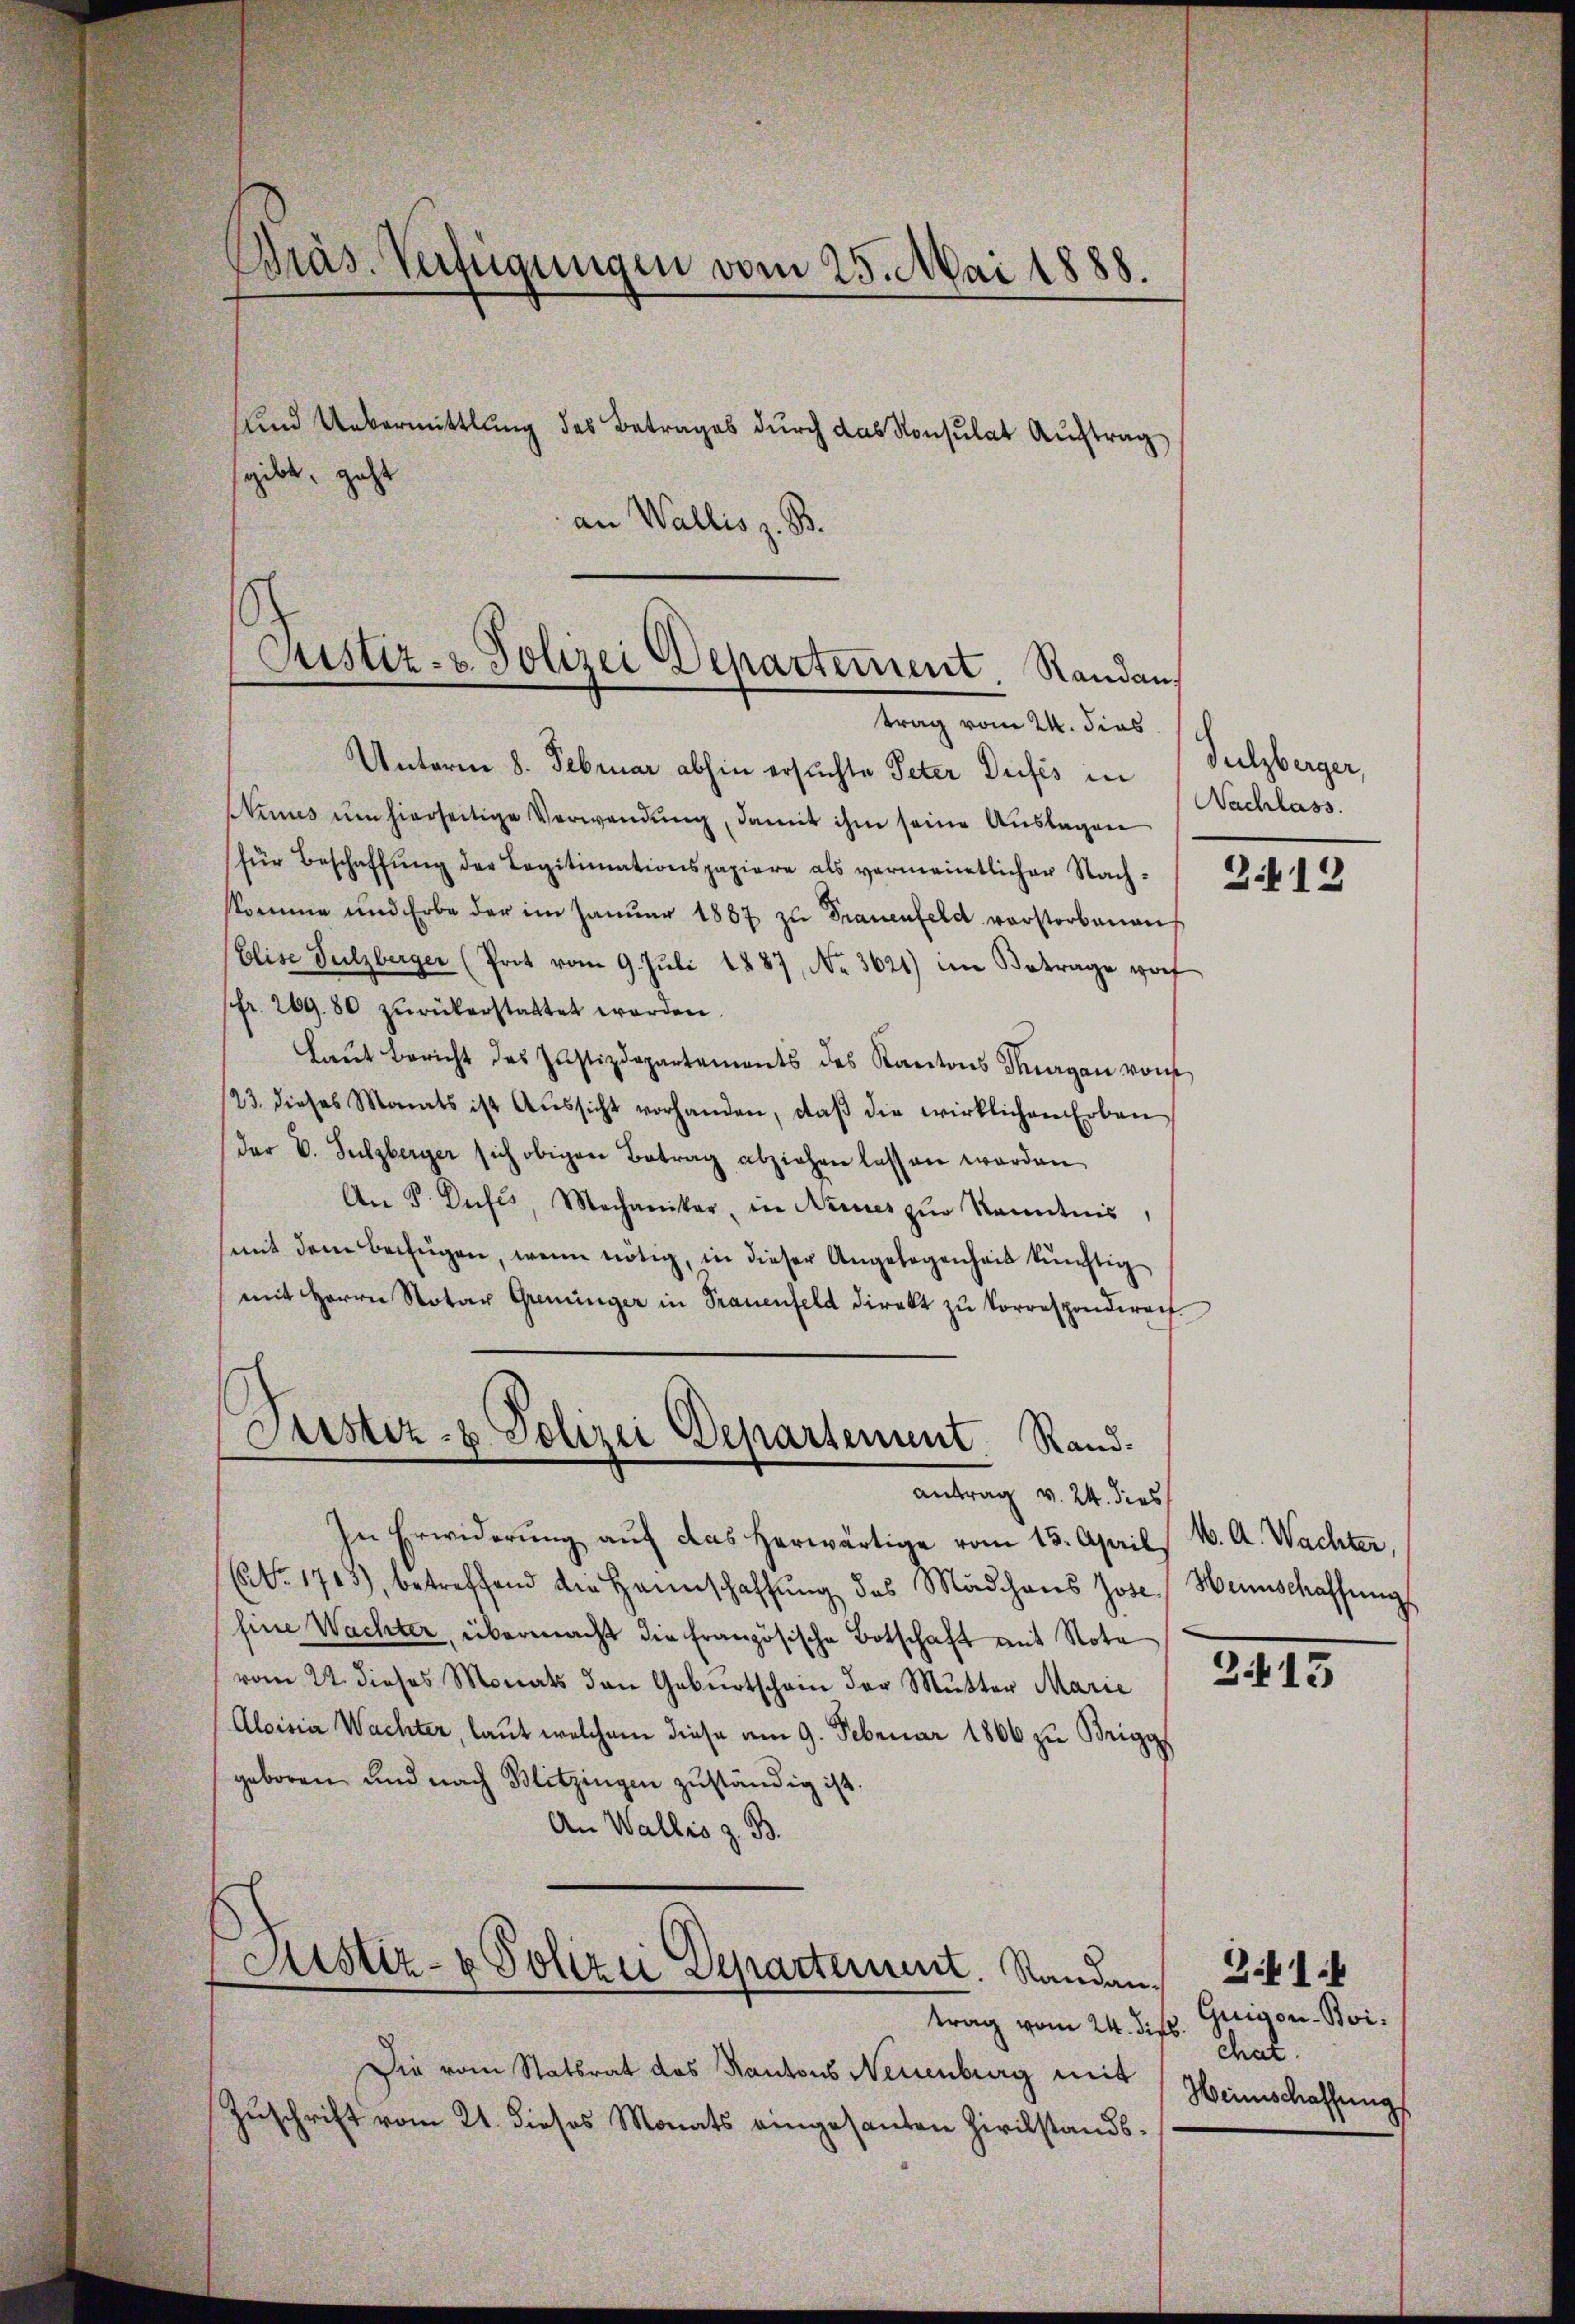
Bräs. Verfügungen vom 25. Mai 1888.
nd Uebermittlung des Betrages durch das Konsulat Auftrag
sgibt, geht
an Wallis z. B.

trag vom 24. dies
Unterm 8. Februar abhin ersuchte Peter Dufes in
Nimes um hierseitige Verwendŭng, damit ihm seine Auslagen
für Beschaffŭng der Legitimationspapiere als vermeintlicher Nach-
skomme und Erbe der im Janŭar 1887 zŭ Frauenfeld verstorbenen
Elise Sulzberger (Prot vom 9. Juli 1887, No. 3621) im Betrage vorf
(fr. 269. 80 zŭrükerstattet worden.
Laut bericht des Justizdepartements des Kantons Thurgan von
123. dieses Monats ist Aŭssicht vorhanden, daβ die wirklichen Erben
der V. Sulzberger sich obigen Betrag abziehen lassen worden
An P Dufés, Mechaniker, in Neues zŭr Kenntnis,
mit dem beifügen, wenn nötig, in dieser Angelegenheit künftig
mit Herrn Notar Greninger in Frauenfeld direkt zŭ korrespondirect.
Firstiz- & Polizei Departement Rand.

In Erwiderung auf das herwärtige vom 13. April
(Nr. 1713), betreffend die Hannschaffŭng des Mädchens Jose Weinschaffungs
Eine Wachter, übermacht die Französische Botschaft mit Nota
vom 22. dieses Monats den Geburtschein der Mutter Marie
Aloisia Wachter, laut welchem diese am 9. Februar 1806 zu Brigg
geboren und nach Blitzingen zuständig ist
An Wallis z. B.

Die vom Statsrat das Kantons Neuenburg mit
Zuschrift vom 21. dieses Monats eingesanten Zivilstands¬

¬
Justiz- & Polizei Departement. Randan

antrag v. 24. dies

Sistiz- & Polizei Departement. Standan¬

Sulzberger,
Nachlass.

212

M. A. Wachter,

3415

3.1.4
trag vom 24. Disp. Guigon-Boi¬
Thal.
Heimschaffungs
.